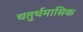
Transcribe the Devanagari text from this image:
चतुर्थमासिक